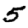
Digit: 5